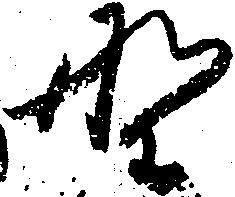
野